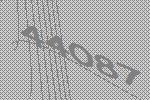
44087